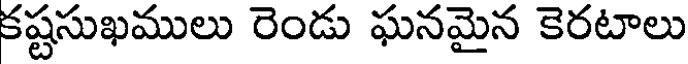
కష్టసుఖములు రెండు ఘనమైన కెరటాలు